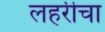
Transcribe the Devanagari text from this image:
लहरीचा